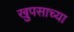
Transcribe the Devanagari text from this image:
खुपसाच्या